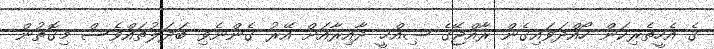
ގެ އެހީތެރިކަން ހޯއްދަވައިގެން ރާއްޖޭގެ ޞިއްޙީ ދާއިރާއަށް އޭރު ގެންނެވި ބަދަލުތައްވެސް މިގޮތުން